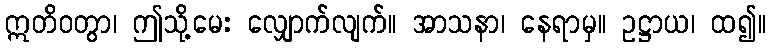
ဣတိဝတွာ၊ ဤသို့မေး လျှောက်လျက်။ အာသနာ၊ နေရာမှ။ ဥဋ္ဌာယ၊ ထ၍။